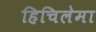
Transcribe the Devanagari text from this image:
हिचिलेमा